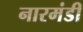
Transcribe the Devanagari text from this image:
नारमंडी